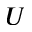
U